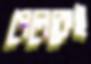
পেলেকেই